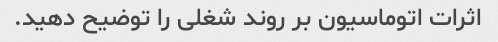
اثرات اتوماسیون بر روند شغلی را توضیح دهید.